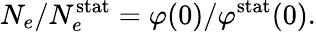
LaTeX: N_{e}/N_{e}^{\mathrm{stat}}=\varphi(0)/\varphi^{\mathrm{stat}}(0).